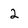
Character: 2